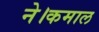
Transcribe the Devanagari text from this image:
ने।कमाल